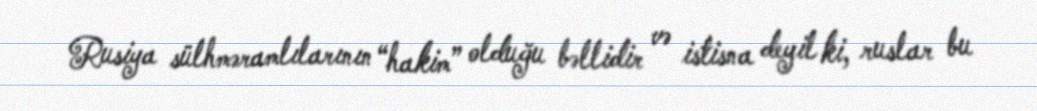
Rusiya sülhməramlılarının “hakim” olduğu bəllidir və istisna deyil ki, ruslar bu